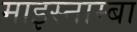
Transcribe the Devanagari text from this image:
माइस्नाम्बा